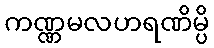
ကဏ္ဏမလဟရဏိမ္ပိ